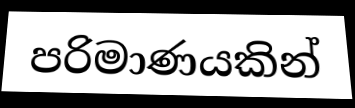
පරිමාණයකින්